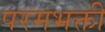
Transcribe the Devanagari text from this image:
परमभक्ती